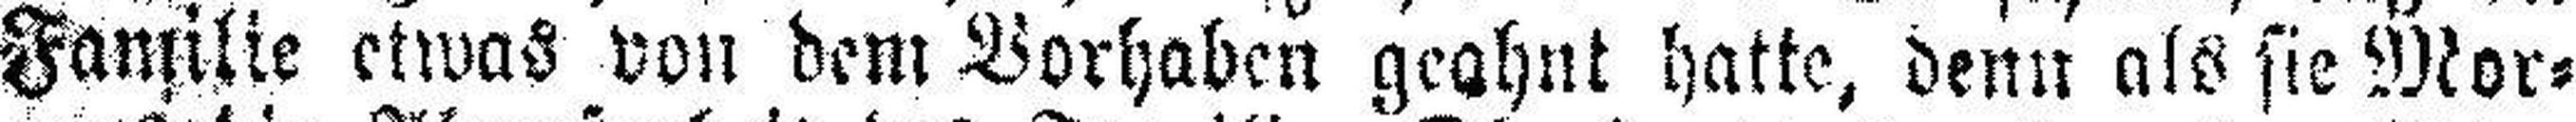
Familie etwas von dem Vorhaben geahnt hatte, denn als sie Mor¬